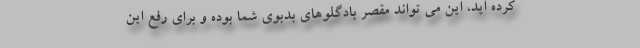
کرده اید، این می تواند مقصر بادگلوهای بدبوی شما بوده و برای رفع این